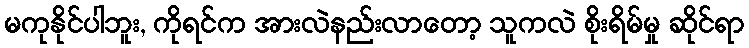
မကုနိုင်ပါဘူး, ကိုရင်က အားလဲနည်းလာတော့ သူကလဲ စိုးရိမ်မှု ဆိုင်ရာ